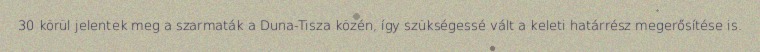
30 körül jelentek meg a szarmaták a Duna-Tisza közén, így szükségessé vált a keleti határrész megerősítése is.